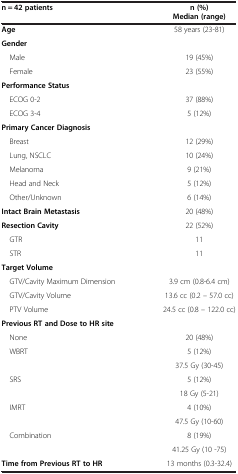
<table><thead><tr><td><b>n = 42 patients</b></td><td><b>n (%)Median (range)</b></td></tr></thead><tbody><tr><td><b>Age</b></td><td>58 years (23-81)</td></tr><tr><td><b>Gender</b></td><td> </td></tr><tr><td> Male</td><td>19 (45%)</td></tr><tr><td> Female</td><td>23 (55%)</td></tr><tr><td><b>Performance Status</b></td><td> </td></tr><tr><td> ECOG 0-2</td><td>37 (88%)</td></tr><tr><td> ECOG 3-4</td><td>5 (12%)</td></tr><tr><td><b>Primary Cancer Diagnosis</b></td><td> </td></tr><tr><td> Breast</td><td>12 (29%)</td></tr><tr><td> Lung, NSCLC</td><td>10 (24%)</td></tr><tr><td> Melanoma</td><td>9 (21%)</td></tr><tr><td> Head and Neck</td><td>5 (12%)</td></tr><tr><td> Other/Unknown</td><td>6 (14%)</td></tr><tr><td><b>Intact Brain Metastasis</b></td><td>20 (48%)</td></tr><tr><td><b>Resection Cavity</b></td><td>22 (52%)</td></tr><tr><td> GTR</td><td>11</td></tr><tr><td> STR</td><td>11</td></tr><tr><td><b>Target Volume</b></td><td> </td></tr><tr><td> GTV/Cavity Maximum Dimension</td><td>3.9 cm (0.8-6.4 cm)</td></tr><tr><td> GTV/Cavity Volume</td><td>13.6 cc (0.2 – 57.0 cc)</td></tr><tr><td> PTV Volume</td><td>24.5 cc (0.8 – 122.0 cc)</td></tr><tr><td><b>Previous RT and Dose to HR site</b></td><td> </td></tr><tr><td> None</td><td>20 (48%)</td></tr><tr><td> WBRT</td><td>5 (12%)</td></tr><tr><td> </td><td>37.5 Gy (30-45)</td></tr><tr><td> SRS</td><td>5 (12%)</td></tr><tr><td> </td><td>18 Gy (5-21)</td></tr><tr><td> IMRT</td><td>4 (10%)</td></tr><tr><td> </td><td>47.5 Gy (10-60)</td></tr><tr><td> Combination</td><td>8 (19%)</td></tr><tr><td> </td><td>41.25 Gy (10 -75)</td></tr><tr><td><b>Time from Previous RT to HR</b></td><td>13 months (0.3-32.4)</td></tr></tbody></table>